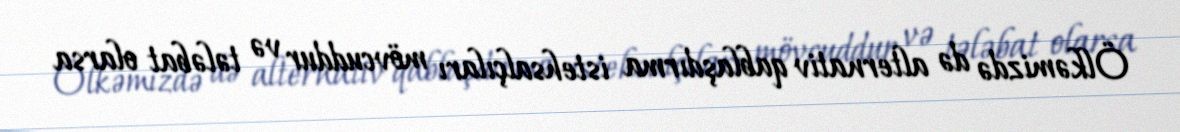
Ölkəmizdə də alternativ qablaşdırma istehsalçıları mövcuddur və tələbat olarsa